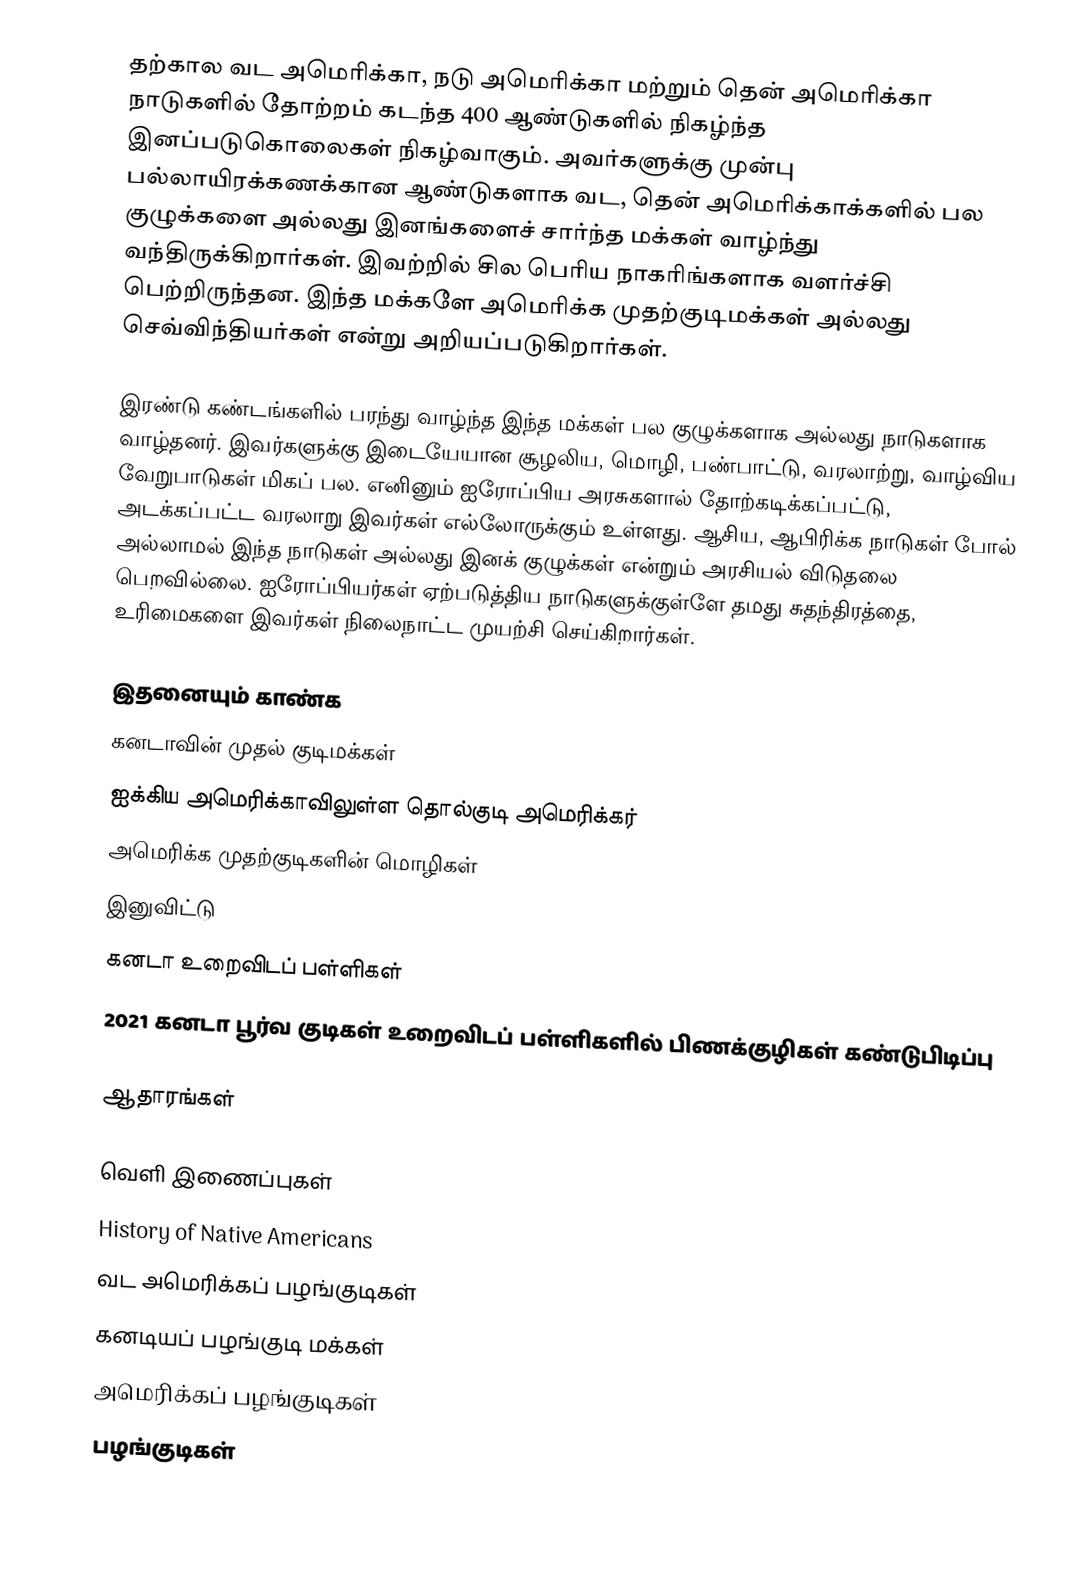
தற்கால வட அமெரிக்கா, நடு அமெரிக்கா மற்றும் தென் அமெரிக்கா நாடுகளில் தோற்றம் கடந்த 400 ஆண்டுகளில் நிகழ்ந்த இனப்படுகொலைகள் நிகழ்வாகும். அவர்களுக்கு முன்பு பல்லாயிரக்கணக்கான ஆண்டுகளாக வட, தென் அமெரிக்காக்களில் பல குழுக்களை அல்லது இனங்களைச் சார்ந்த மக்கள் வாழ்ந்து வந்திருக்கிறார்கள். இவற்றில் சில பெரிய நாகரிங்களாக வளர்ச்சி பெற்றிருந்தன. இந்த மக்களே அமெரிக்க முதற்குடிமக்கள் அல்லது செவ்விந்தியர்கள் என்று அறியப்படுகிறார்கள்.

இரண்டு கண்டங்களில் பரந்து வாழ்ந்த இந்த மக்கள் பல குழுக்களாக அல்லது நாடுகளாக வாழ்தனர். இவர்களுக்கு இடையேயான சூழலிய, மொழி, பண்பாட்டு, வரலாற்று, வாழ்விய வேறுபாடுகள் மிகப் பல. எனினும் ஐரோப்பிய அரசுகளால் தோற்கடிக்கப்பட்டு, அடக்கப்பட்ட வரலாறு இவர்கள் எல்லோருக்கும் உள்ளது. ஆசிய, ஆபிரிக்க நாடுகள் போல் அல்லாமல் இந்த நாடுகள் அல்லது இனக் குழுக்கள் என்றும் அரசியல் விடுதலை பெறவில்லை. ஐரோப்பியர்கள் ஏற்படுத்திய நாடுகளுக்குள்ளே தமது சுதந்திரத்தை, உரிமைகளை இவர்கள் நிலைநாட்ட முயற்சி செய்கிறார்கள்.

இதனையும் காண்க
கனடாவின் முதல் குடிமக்கள்
 ஐக்கிய அமெரிக்காவிலுள்ள தொல்குடி அமெரிக்கர்
அமெரிக்க முதற்குடிகளின் மொழிகள்
 இனுவிட்டு
 கனடா உறைவிடப் பள்ளிகள்
 2021 கனடா பூர்வ குடிகள் உறைவிடப் பள்ளிகளில் பிணக்குழிகள் கண்டுபிடிப்பு

ஆதாரங்கள்

வெளி இணைப்புகள்
  History of Native Americans
வட அமெரிக்கப் பழங்குடிகள்
கனடியப் பழங்குடி மக்கள்
அமெரிக்கப் பழங்குடிகள்
பழங்குடிகள்